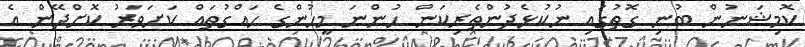
ކޮމިޝަނުން ބުނި ގޮތުގައި ނުކުޅެދުންތެރިކަން ހުންނަ މީހުންގެ ހައްގުތައް ކަށަވަރު ކޮށްދޭން އެ